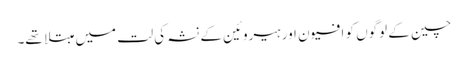
چین کے لوگوں کو افیون اور ہیروئین کے نشہ کی لت میں مبتلا تھے۔